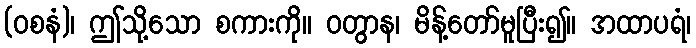
(ဝစနံ)၊ ဤသို့သော စကားကို။ ဝတွာန၊ မိန့်တော်မူပြီး၍။ အထာပရံ၊